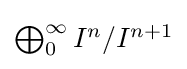
{\textstyle \bigoplus _{0}^{\infty }I^{n}/I^{n+1}}